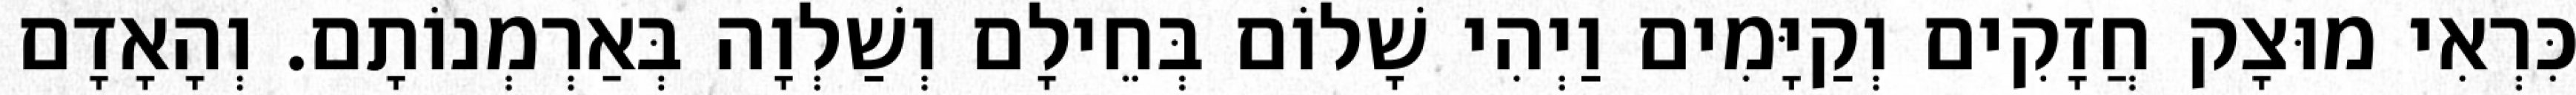
כִּרְאִי מוּצָק חֲזָקִים וְקַיָּמִים וַיְהִי שָׁלוֹם בְּחֵילָם וְשַׁלְוָה בְּאַרְמְנוֹתָם. וְהָאָדָם